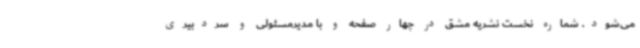
می‌شود. شماره نخست نشریه مشق در چهار صفحه و با مدیرمسئولی و سردبیری